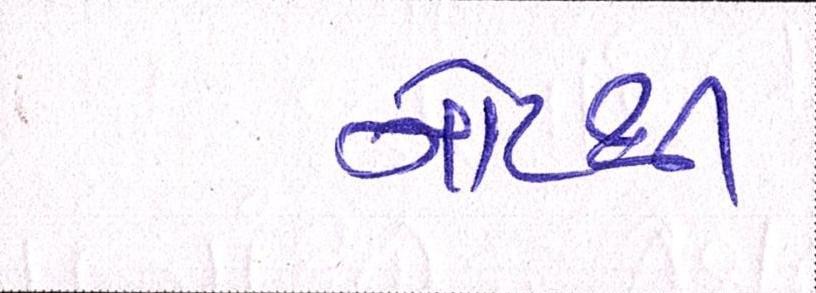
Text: નોટથી